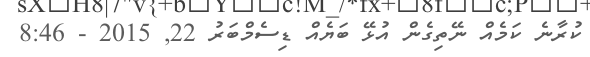
ކުރާނެ ކަމެއް ނޭތިގެން އުޅޭ ބަޔެއް ޑިސެމްބަރު 22